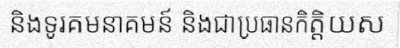
និងទូរគមនាគមន៍ និងជាប្រធានកិត្តិយស